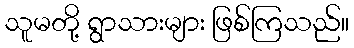
သူမတို့ ရွာသားများ ဖြစ်ကြသည်။